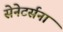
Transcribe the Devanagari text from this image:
सेनेटर्सना